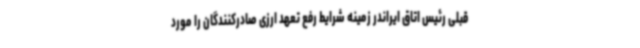
قبلی رئیس اتاق ایراندر زمینه شرایط رفع تعهد ارزی صادرکنندگان را مورد